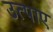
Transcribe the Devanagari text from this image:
उत्पाए